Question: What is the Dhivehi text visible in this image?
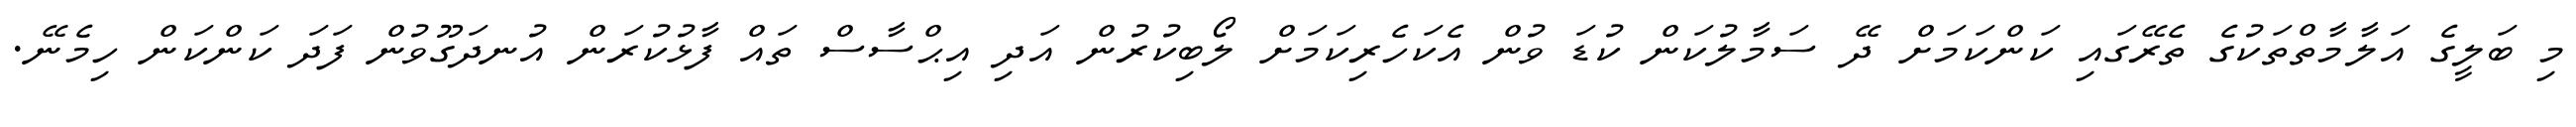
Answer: މި ބަލީގެ އަލާމާތްތަކުގެ ތެރޭގައި ކަންކަމަށް ދޭ ސަމާލުކަން ކުޑަ ވުން އެކަހެރިކަމަށް ލޯބިކުރުން އަދި އިޙްސާސް ތައް ފާޅުކުރަން އުނދަގޫވުން ފަދަ ކަންކަން ހިމެނޭ.